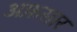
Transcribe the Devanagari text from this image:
अफ़सार